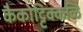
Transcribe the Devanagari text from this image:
कैकोट्टिक्कळि